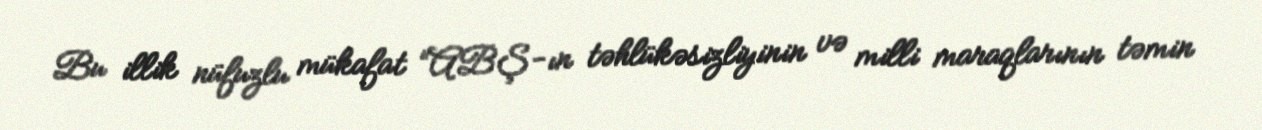
Bu illik nüfuzlu mükafat “ABŞ-ın təhlükəsizliyinin və milli maraqlarının təmin